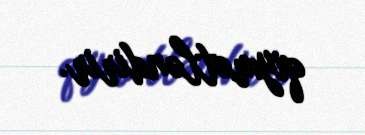
qiymətləndirir.